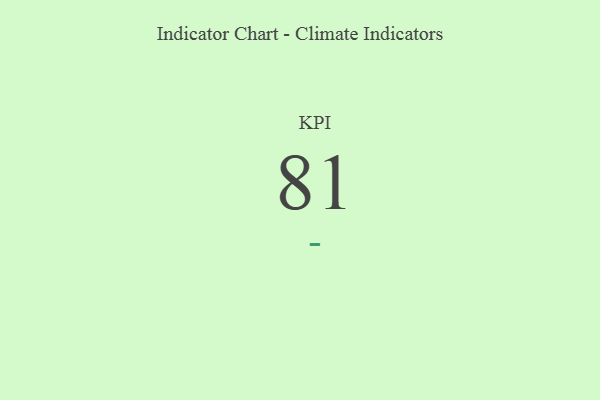
{"axis": {"x": "KPI", "y": "Value"}, "legend": [""], "data": [{"x": "KPI", "y": 81, "type": ""}]}